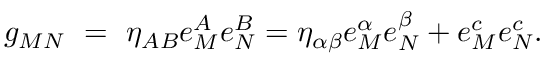
g _ { M N } ~ = ~ \eta _ { A B } e _ { M } ^ { A } e _ { N } ^ { B } = \eta _ { \alpha \beta } e _ { M } ^ { \alpha } e _ { N } ^ { \beta } + e _ { M } ^ { c } e _ { N } ^ { c } .